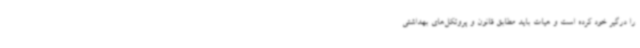
را درگیر خود کرده است و هیات باید مطابق قانون و پروتکل‌های بهداشتی